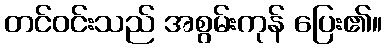
တင်ဝင်းသည် အစွမ်းကုန် ပြေး၏။